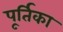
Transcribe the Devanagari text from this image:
पूर्तिका